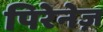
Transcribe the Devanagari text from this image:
पिरेनेज़